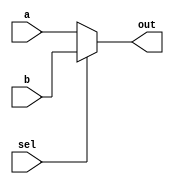
`timescale 1ns / 1ps
//////////////////////////////////////////////////////////////////////////////////
// Company: 
// Engineer: 
// 
// Design Name: 
// Module Name: mux2x1
// Project Name: 
// Target Devices: 
// Tool Versions: 
// Description: 
// 
// Dependencies: 
// 
// Revision:
// Revision 0.01 - File Created
// Additional Comments:
// 
//////////////////////////////////////////////////////////////////////////////////


module mux2x1(
    input [15:0] a,
    input [15:0] b,
    input sel,
    output reg[15:0] out
    );
    always @ (*)
    begin 
        if(sel == 0)
            out = a;
        else out = b;
    end
endmodule